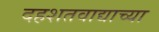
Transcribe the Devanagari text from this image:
दहशतवाद्याच्या